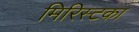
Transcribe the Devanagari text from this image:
मिरिस्टका